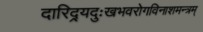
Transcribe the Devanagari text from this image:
दारिद्र्यदुःखभवरोगविनाशमन्त्रम्